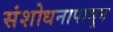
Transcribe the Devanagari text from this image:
संशोधनापासून